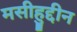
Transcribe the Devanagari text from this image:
मसीहुद्दीन